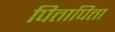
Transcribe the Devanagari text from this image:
पितापिता